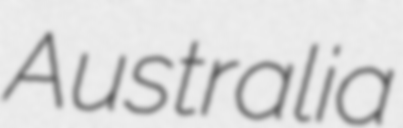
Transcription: Australia